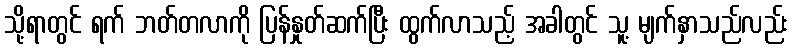
သို့ရာတွင် ရက် ဘတ်တလာကို ပြန်နှုတ်ဆက်ပြီး ထွက်လာသည့် အခါတွင် သူ့ မျက်နှာသည်လည်း